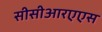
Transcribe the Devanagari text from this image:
सीसीआरएएस